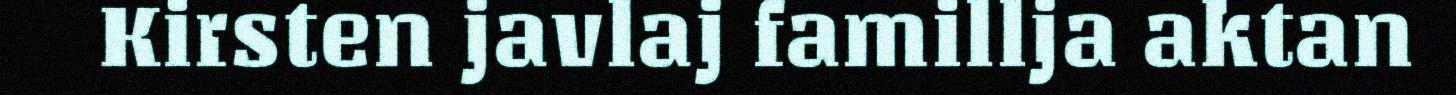
Kirsten javlaj famillja aktan